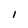
Character: i